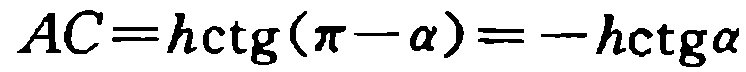
\(AC=h\mathrm{ctg}(\pi - \alpha)=-h\mathrm{ctg}\alpha\)